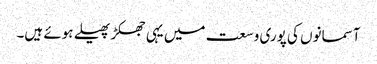
آسمانوں کی پوری وسعت میں یہی جھکڑ پھیلے ہوئے ہیں۔